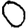
Digit: 0